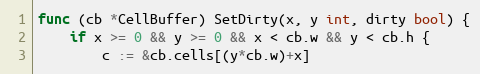
Language: Go
func (cb *CellBuffer) SetDirty(x, y int, dirty bool) {
	if x >= 0 && y >= 0 && x < cb.w && y < cb.h {
		c := &cb.cells[(y*cb.w)+x]